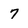
Character: 7